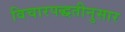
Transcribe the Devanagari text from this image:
विचारपद्धतीनुसार